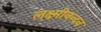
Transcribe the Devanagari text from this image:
लक्ष्मीनन्दन